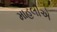
માહલીએ